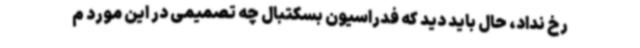
رخ نداد، حال باید دید که فدراسیون بسکتبال چه تصمیمی در این مورد م